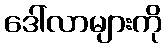
ဒေါ်လာများကို